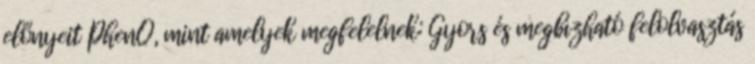
előnyeit PhenQ, mint amelyek megfelelnek: Gyors és megbízható felolvasztás